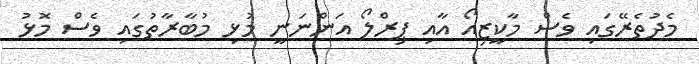
މެދުތެރޭގައި ވެސް މާކީޒިއޯ އާއި ޕިރްލޯ އަންނަނީ މުޅި މުބާރާތުގައި ވެސް މޮޅު